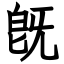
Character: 旣